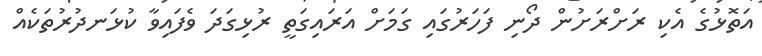
އަތޮޅުގެ އެކި ރަށްރަށުން ދޯނި ފަހަރުގައި ގަމަށް އަރައިގަތީ ރުޅިގަދަ ވެފައިވާ ކުޅަނދުރުތަކެއް